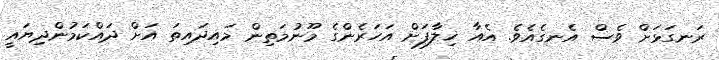
ރަނގަޅަަށް ވެސް އެނގެއެވެ. އެއާ ޚިލާފަށް އަހަރެންގެ މޫނުމަތިން މައިދައިތަ އަށް ދައްކަމުންދިޔައީ